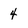
Character: 4